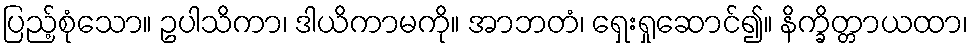
ပြည့်စုံသော။ ဥပါသိကာ၊ ဒါယိကာမကို။ အာဘတံ၊ ရှေးရှုဆောင်၍။ နိက္ခိတ္တာယထာ၊